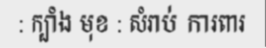
: ក្បាំង មុខ : សំរាប់ ការពារ